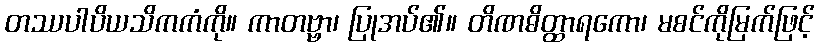
တဿပါပိယသိကကံကို။ ကာတဗ္ဗာ၊ ပြုအပ်၏။ တိဏဓိတ္ထာရကော၊ မစင်ကိုမြက်ဖြင့်